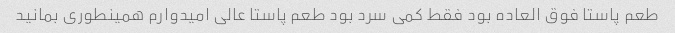
طعم پاستا فوق العاده بود فقط کمی سرد بود طعم پاستا عالی امیدوارم همینطوری بمانید